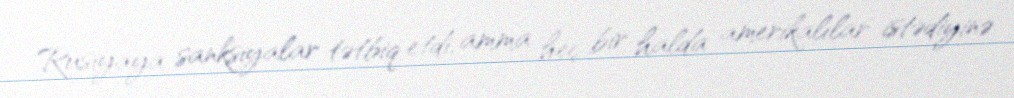
Rusiyaya sanksiyalar tətbiq etdi, amma heç bir halda amerikalılar istədiyinə